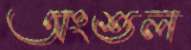
অংশুল